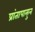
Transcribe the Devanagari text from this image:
प्रांतापासुन